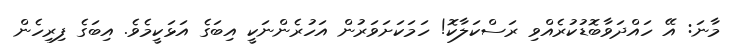
މާނަ: އޭ ހައްދަވާބޮޑުކުރެއްވި ރަސްކަލާކޮ! ހަމަކަށަވަރުން އަހުރެންނަކީ އިބަގެ އަޅަކީމެވެ. އިބަގެ ފިރިހެން